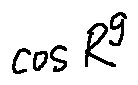
\cos R ^ { g }